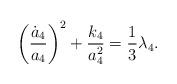
LaTeX: \begin{align*}\biggl(\frac{{\dot a}_4}{a_4}\biggr)^2+\frac{k_4}{a^2_4}=\frac{1}{3}\lambda_4.\end{align*}